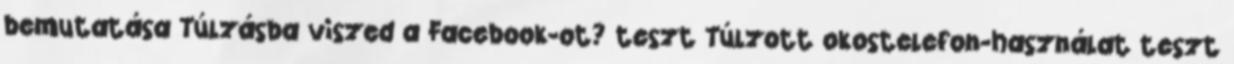
bemutatása Túlzásba viszed a Facebook-ot? teszt Túlzott okostelefon-használat teszt